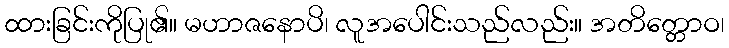
ထားခြင်းကိုပြု၏။ မဟာဇနောပိ၊ လူအပေါင်းသည်လည်း။ အတိတ္တောဝ၊